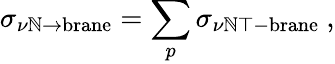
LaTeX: \sigma_{\nu\mathbb{N}\to\mathrm{{brane}}}=\sum_{p}\sigma_{\nu\mathbb{N}\top\mathrm{{-brane}}}\ ,